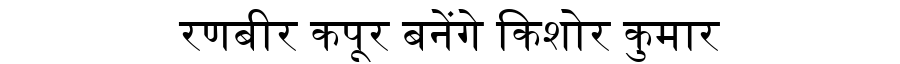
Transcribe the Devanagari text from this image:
रणबीर कपूर बनेंगे किशोर कुमार